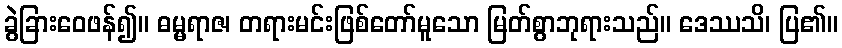
ခွဲခြားဝေဖန်၍။ ဓမ္မရာဇ၊ တရားမင်းဖြစ်တော်မူသော မြတ်စွာဘုရားသည်။ ဒေဿသိ၊ ပြ၏။